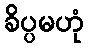
ခိပ္ပမဟုံ